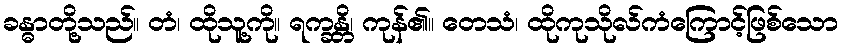
ခန္ဓာတို့သည်။ တံ၊ ထိုသူ့ကို။ ရက္ခန္တိ၊ ကုန်၏။ တေသံ၊ ထိုကုသိုလ်ကံကြောင့်ဖြစ်သော